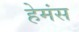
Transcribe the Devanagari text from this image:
हेमंस